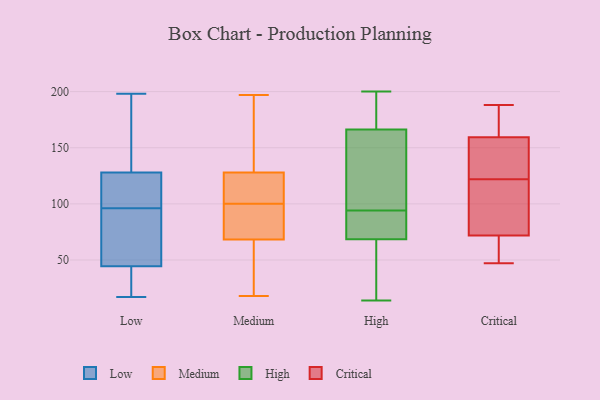
{"axis": {"x": "Budget (USD K)", "y": "Value"}, "legend": ["Critical", "High", "Low", "Medium"], "data": [{"x": "", "y": 109, "type": "Low"}, {"x": "", "y": 114, "type": "Low"}, {"x": "", "y": 119, "type": "Low"}, {"x": "", "y": 99, "type": "Low"}, {"x": "", "y": 105, "type": "Low"}, {"x": "", "y": 137, "type": "Low"}, {"x": "", "y": 47, "type": "Low"}, {"x": "", "y": 58, "type": "Low"}, {"x": "", "y": 198, "type": "Low"}, {"x": "", "y": 84, "type": "Low"}, {"x": "", "y": 17, "type": "Low"}, {"x": "", "y": 138, "type": "Low"}, {"x": "", "y": 36, "type": "Low"}, {"x": "", "y": 42, "type": "Low"}, {"x": "", "y": 93, "type": "Low"}, {"x": "", "y": 144, "type": "Low"}, {"x": "", "y": 17, "type": "Low"}, {"x": "", "y": 51, "type": "Low"}, {"x": "", "y": 196, "type": "Low"}, {"x": "", "y": 25, "type": "Low"}, {"x": "", "y": 175, "type": "Medium"}, {"x": "", "y": 71, "type": "Medium"}, {"x": "", "y": 127, "type": "Medium"}, {"x": "", "y": 90, "type": "Medium"}, {"x": "", "y": 126, "type": "Medium"}, {"x": "", "y": 112, "type": "Medium"}, {"x": "", "y": 131, "type": "Medium"}, {"x": "", "y": 57, "type": "Medium"}, {"x": "", "y": 60, "type": "Medium"}, {"x": "", "y": 197, "type": "Medium"}, {"x": "", "y": 18, "type": "Medium"}, {"x": "", "y": 100, "type": "Medium"}, {"x": "", "y": 73, "type": "Medium"}, {"x": "", "y": 200, "type": "High"}, {"x": "", "y": 14, "type": "High"}, {"x": "", "y": 193, "type": "High"}, {"x": "", "y": 110, "type": "High"}, {"x": "", "y": 73, "type": "High"}, {"x": "", "y": 67, "type": "High"}, {"x": "", "y": 169, "type": "High"}, {"x": "", "y": 158, "type": "High"}, {"x": "", "y": 84, "type": "High"}, {"x": "", "y": 62, "type": "High"}, {"x": "", "y": 94, "type": "High"}, {"x": "", "y": 175, "type": "Critical"}, {"x": "", "y": 188, "type": "Critical"}, {"x": "", "y": 59, "type": "Critical"}, {"x": "", "y": 148, "type": "Critical"}, {"x": "", "y": 125, "type": "Critical"}, {"x": "", "y": 78, "type": "Critical"}, {"x": "", "y": 47, "type": "Critical"}, {"x": "", "y": 158, "type": "Critical"}, {"x": "", "y": 122, "type": "Critical"}, {"x": "", "y": 76, "type": "Critical"}, {"x": "", "y": 163, "type": "Critical"}, {"x": "", "y": 58, "type": "Critical"}, {"x": "", "y": 117, "type": "Critical"}]}